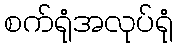
စက်ရုံအလုပ်ရုံ